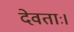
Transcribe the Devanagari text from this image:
देवताः।